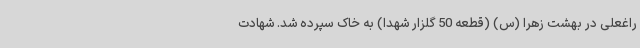
راغعلی در بهشت زهرا (س) (قطعه 50 گلزار شهدا) به خاک سپرده شد. شهادت